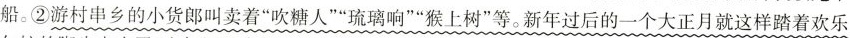
船。②游村串乡的小货郎叫卖着”吹糖人””琉璃响””猴上树”等。新年过后的一个大正月就这样踏着欢乐